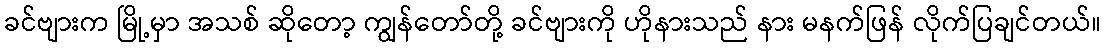
ခင်ဗျားက မြို့မှာ အသစ် ဆိုတော့ ကျွန်တော်တို့ ခင်ဗျားကို ဟိုနားသည် နား မနက်ဖြန် လိုက်ပြချင်တယ်။